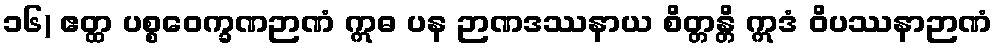
၁၆) ဧတ္ထ ပစ္စဝေက္ခဏဉာဏံ ဣဓ ပန ဉာဏဒဿနာယ စိတ္တန္တိ ဣဒံ ဝိပဿနာဉာဏံ